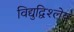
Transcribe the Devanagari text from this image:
विद्युद्विश्लेय